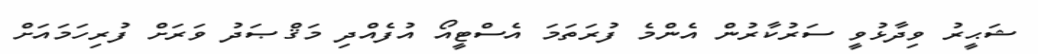
ޝަޙީރު ވިދާޅުވީ ސަރުކާރުން އެންމެ ފުރަތަމަ އެސްޓީއޯ އުފެއްދި މަޤްޞަދު ވަރަށް ފުރިހަމައަށް